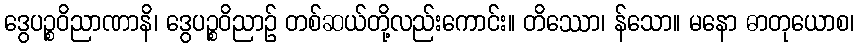
ဒွေပဉ္စဝိညာဏာနိ၊ ဒွေပဉ္စဝိညာဉ် တစ်ဆယ်တို့လည်းကောင်း။ တိဿော၊ န်သော။ မနော ဓာတုယောစ၊